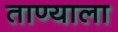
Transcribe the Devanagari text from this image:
ताण्याला